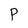
Character: P